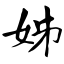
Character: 姊